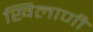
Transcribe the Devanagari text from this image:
खिलाणी